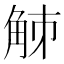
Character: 𧣘